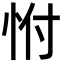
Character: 㤔